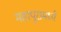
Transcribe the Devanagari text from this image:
महापूरामध्ये